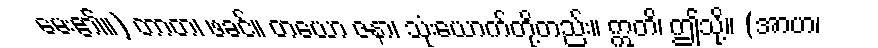
မေး၏။) တာတ၊ ဖခင်။ တယော ဇနာ၊ သုံးယောက်တို့တည်း။ ဣတိ၊ ဤသို့။ (အာဟ၊